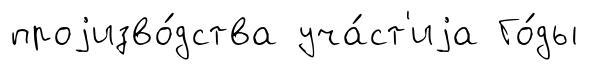
проjизво́дства уча́ст'иjа Го́ды